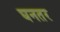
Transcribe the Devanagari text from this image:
घनतर